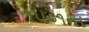
૧૫૦૧ના